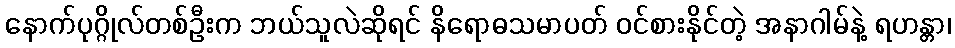
နောက်ပုဂ္ဂိုလ်တစ်ဦးက ဘယ်သူလဲဆိုရင် နိရောဓသမာပတ် ဝင်စားနိုင်တဲ့ အနာဂါမ်နဲ့ ရဟန္တာ၊